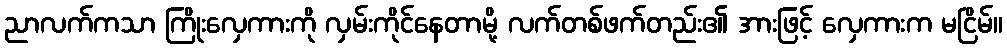
ညာလက်ကသာ ကြိုးလှေကားကို လှမ်းကိုင်နေတာမို့ လက်တစ်ဖက်တည်း၏ အားဖြင့် လှေကားက မငြိမ်။